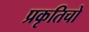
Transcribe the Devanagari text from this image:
प्रकृतिचो